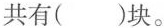
共有()块。